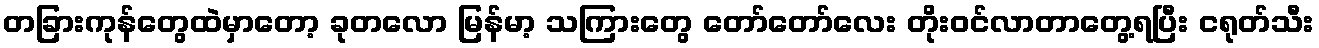
တခြားကုန်တွေထဲမှာတော့ ခုတလော မြန်မာ့ သကြားတွေ တော်တော်လေး တိုးဝင်လာတာတွေ့ရပြီး ငရုတ်သီး